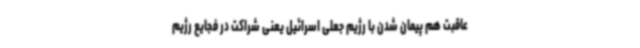
عاقبت هم پیمان شدن با رژیم جعلی اسرائیل یعنی شراکت در فجایع رژیم